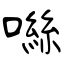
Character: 噝